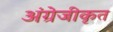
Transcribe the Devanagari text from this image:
अंग्रेजीकृत